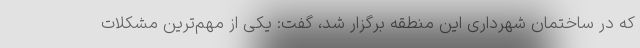
که در ساختمان شهرداری این منطقه برگزار شد، گفت: یکی از مهم‌ترین مشکلات